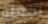
اجعله